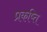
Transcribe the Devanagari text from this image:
प्रकष्ति